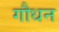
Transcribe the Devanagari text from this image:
गौधन